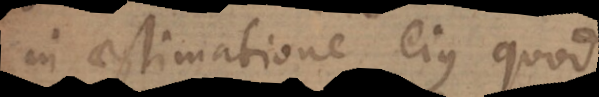
in aestimatione ejus quod